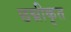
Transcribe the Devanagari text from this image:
छद्मीकृत